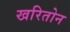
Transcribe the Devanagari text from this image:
खरितोन